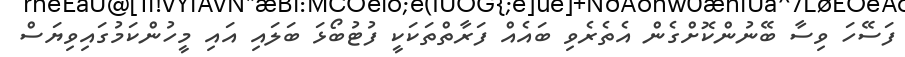
ފަސޭހަ ވިސާ ބޭނުންކޮށްގެން އެތެރެވި ބައެއް ފަރާތްތަކަކީ ފުޓުބޯޅަ ބަލައި އައި މީހުންކަމުގައިވިޔަސް